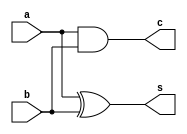
`timescale 1ns / 1ps
//////////////////////////////////////////////////////////////////////////////////
// Company: 
// Engineer: 
// 
// Design Name: 
// Module Name: half_addr
// Project Name: 
// Target Devices: 
// Tool Versions: 
// Description: 
// 
// Dependencies: 
// 
// Revision:
// Revision 0.01 - File Created
// Additional Comments:
// 
//////////////////////////////////////////////////////////////////////////////////


module half_addr(input a, b, output s, c);
  assign s = a^b;
  assign c = a & b;
endmodule

module full_adder(input a, b, cin, output s_out, c_out);
  wire s, c0, c1;
  half_addr HA1 (a, b, s, c0);
  half_addr HA2 (s, cin, s_out, c1);
  
  assign c_out = c0 | c1;
endmodule